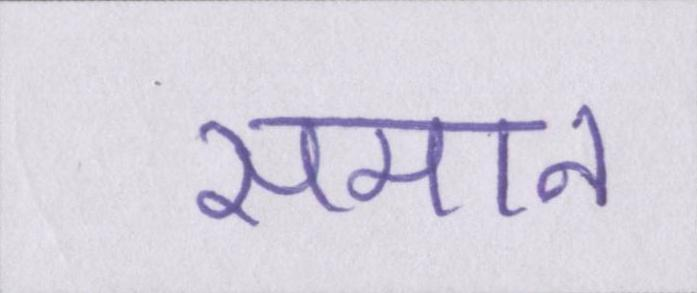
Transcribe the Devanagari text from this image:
समान